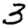
Digit: 3